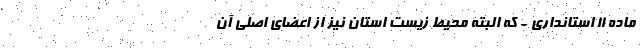
ماده ۱۱ استانداری - که البته محیط زیست استان نیز از اعضای اصلی آن